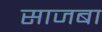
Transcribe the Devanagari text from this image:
साजबा